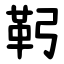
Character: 䩑